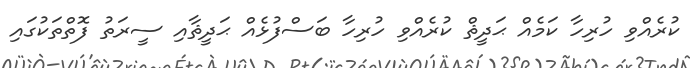
ކުރެއްވި ހުރިހާ ކަމެއް ޙަދީޘް ކުރެއްވި ހުރިހާ ބަސްފުޅެއް ޙަދީޘާއި ސީރަތު ފޮތްތަކުގައި